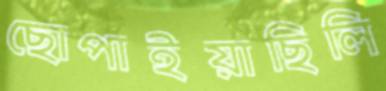
ছোপাইয়াছিলি